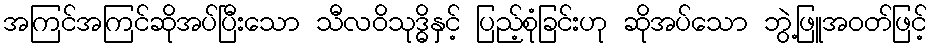
အကြင်အကြင်ဆိုအပ်ပြီးသော သီလဝိသုဒ္ဓိနှင့် ပြည့်စုံခြင်းဟု ဆိုအပ်သော ဘွဲ့ဖြူအဝတ်ဖြင့်